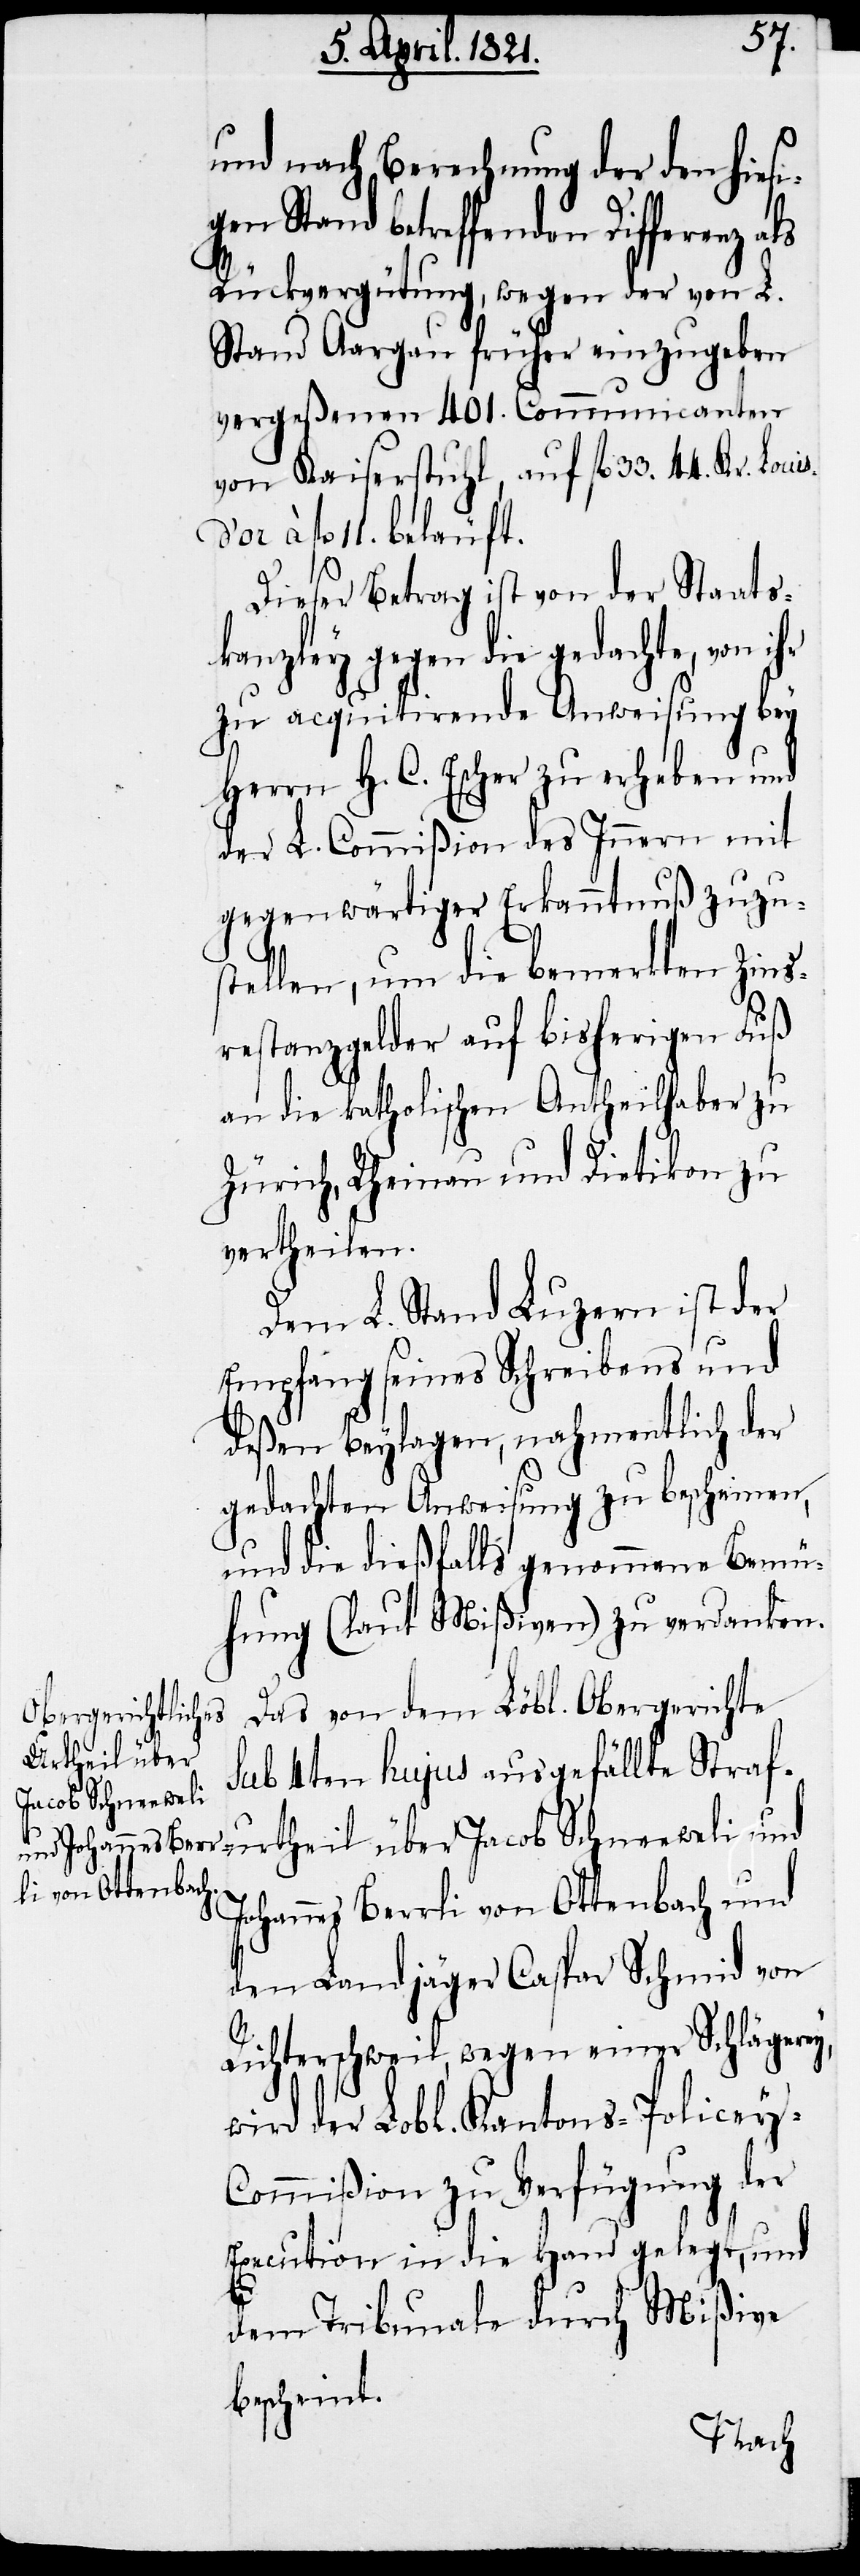
und nach Berechnung der den hiesi¬
gen Stand betreffenden Differenz als
Rückvergütung, wegen der von L.
Stand Aargau früher einzugeben
vergeßenen 401. Communicanten
von Kaiserstuhl, auf fl. 33. 44. Kr.
fl. 11. beläuft.
Dieser Betrag ist von der Staats¬
kanzley gegen die gedachte, von ihr
zu acquitirende Anweisung bey
Herrn H. C. Escher zu erheben und
der L. Commißion des Innern mit
gegenwärtiger Erkanntnuß zuzu¬
R¬
stellen, um die bemerkten Zins¬
restanzgelder auf bisherigen Fuß
an die katholischen Antheilhaber zu
Zürich, Rheinau und Dietikon zu
vertheilen.
Dem L. Stand Luzern ist der
Empfang seines Schreibens und
deßen Beylagen, nahmentlich der
gedachten Anweisung zu bescheinen,
und die dießfalls genommene Bemü¬
hung (laut Mißiven) zu verdanken.
Das von dem Löbl. Obergerichte
urtheil über
sub 4ten hujus ausgefällte Straf¬
Jacob Schneeweli
ey,
Johannes Berrli von Ottenbach und
den Landjäger Caspar Schmid von
ichterschweil, wegen einer Schläger¬
wird der Lobl. Kantons-Policey-C¬
ommißion in die Hand gelegt, und
dem Tribunale durch Mißiven
bescheint.